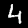
Label: 4